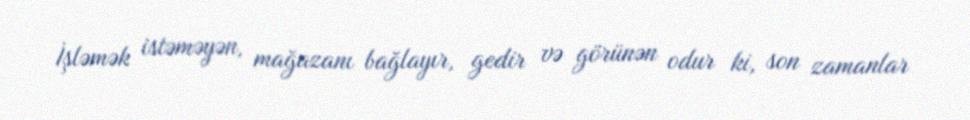
İşləmək istəməyən, mağazanı bağlayır, gedir və görünən odur ki, son zamanlar